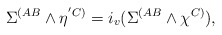
\begin{align*}\Sigma^{(AB}\wedge\eta^{'C)}=i_{v}(\Sigma^{(AB} \wedge\chi^{C)}),\end{align*}